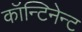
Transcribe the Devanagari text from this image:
कॉन्टिनेन्ट